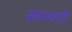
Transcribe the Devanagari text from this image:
सम्मरी